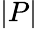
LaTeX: |P|